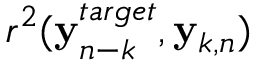
r ^ { 2 } ( { \bf y } _ { n - k } ^ { t a r g e t } , { \bf y } _ { k , n } )